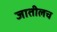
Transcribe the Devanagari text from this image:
जातीलच